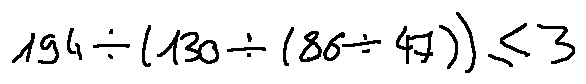
1 9 4 \div ( 1 3 0 \div ( 8 6 \div 4 7 ) ) \leq 3